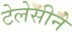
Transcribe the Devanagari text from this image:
टेलेसीने